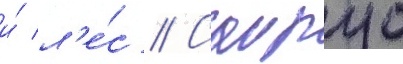
и́ л'е́с // Саирус